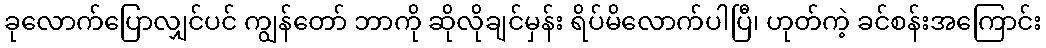
ခုလောက်ပြောလျှင်ပင် ကျွန်တော် ဘာကို ဆိုလိုချင်မှန်း ရိပ်မိလောက်ပါပြီ၊ ဟုတ်ကဲ့ ခင်စန်းအကြောင်း